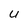
Character: U